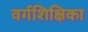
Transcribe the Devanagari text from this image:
वर्गशिक्षिका